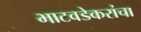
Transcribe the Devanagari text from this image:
भाटवडेकरांचा